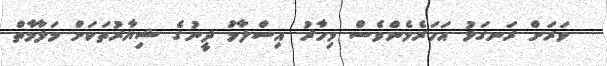
ވަރަށް ރަނގަޅު އަހަރެމެންވެސް މިހާރު އިސްލާމު ދީނުގެ ޝިޔާރުތަކަށް މަލާމާތް